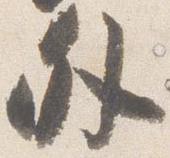
外